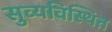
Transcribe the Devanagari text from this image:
सुव्यविस्थित